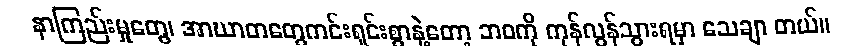
နာကြည်းမှုတွေ၊ အာဃာတတွေကင်းရှင်းစွာနဲ့တော့ ဘဝကို ကုန်လွန်သွားရမှာ သေချာ တယ်။